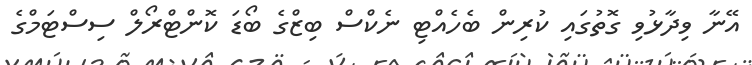
އޭނާ ވިދާޅުވި ގޮތުގައި ކުރިން ބެހެއްޓި ނެކްސް ބިޒްގެ ބޯޑަ ކޮންޓްރޯލް ސިސްޓަމްގެ